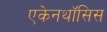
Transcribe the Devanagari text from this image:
एकेनथॉसिस